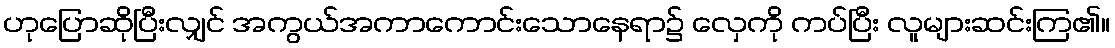
ဟုပြောဆိုပြီးလျှင် အကွယ်အကာကောင်းသောနေရာ၌ လှေကို ကပ်ပြီး လူများဆင်းကြ၏။